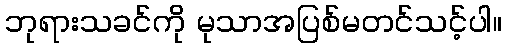
ဘုရားသခင်ကို မုသာအပြစ်မတင်သင့်ပါ။